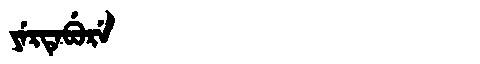
Manchu: ᠶᡝᡵᡨᡝᠪᡠᡵᡝ
Romanization: YERTEBURE